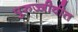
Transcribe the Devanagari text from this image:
पुरुज्जीवीत